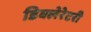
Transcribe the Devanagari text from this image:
डिक्लेरेटरी